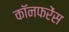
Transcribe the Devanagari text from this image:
कॉनफरेंस